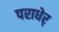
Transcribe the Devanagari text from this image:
पराधेर्